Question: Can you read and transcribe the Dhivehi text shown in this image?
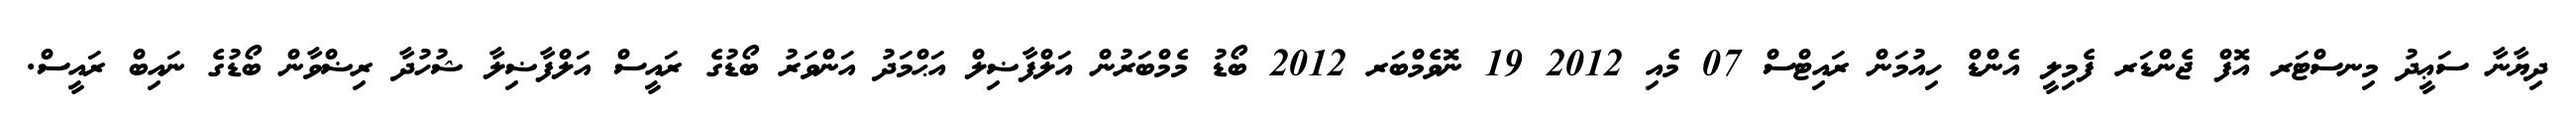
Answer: ދިޔާނާ ސަޢީދު މިނސްޓަރ އޮފް ޖެންޑަރ ފެމިލީ އެންޑް ހިއުމަން ރައިޓްސް 07 މެއި 2012 19 ނޮވެމްބަރ 2012 ބޯޑު މެމްބަރުން އަލްފާޟިލް އަޙްމަދު އަންވަރު ބޯޑުގެ ރައީސް އަލްފާޟިލާ ޝުހުދާ ރިޟްވާން ބޯޑުގެ ނައިބް ރައީސް.